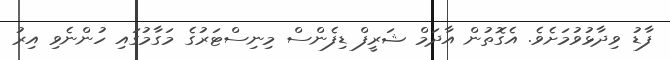
ފާޑު ވިދާޅުވުމަށެވެ. އެގޮތުން އާދަމް ޝަރީފް ޑިފެންސް މިނިސްޓަރުގެ މަގާމުގައި ހުންނެވި އިރު